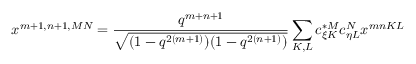
x ^ { m + 1 , n + 1 , M N } = \frac { q ^ { m + n + 1 } } { \sqrt { ( 1 - q ^ { 2 ( m + 1 ) } ) ( 1 - q ^ { 2 ( n + 1 ) } ) } } \sum _ { K , L } c _ { \xi K } ^ { * M } c _ { \eta L } ^ { N } x ^ { m n K L }